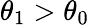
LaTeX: \theta_{1}>\theta_{0}